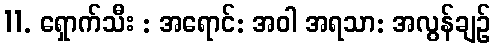
11. ရှောက်သီး : အရောင်: အဝါ အရသာ: အလွန်ချဉ်